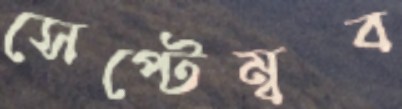
সেপ্টেম্বব